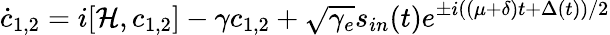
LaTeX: \dot{c}_{1,2}=i[\mathcal{H},c_{1,2}]-\gamma c_{1,2}+\sqrt{\gamma_{e}}s_{in}(t)e^{\pm i((\mu+\delta)t+\Delta(t))/2}